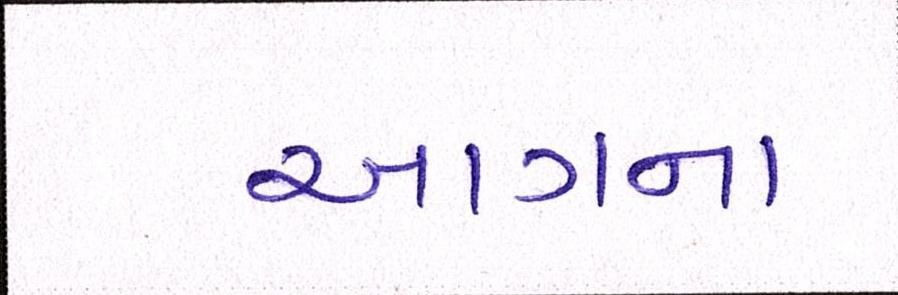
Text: આગના